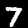
Digit: 7